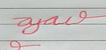
Signature authenticity: forged